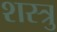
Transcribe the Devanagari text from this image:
शस्त्रु